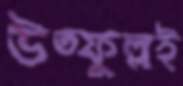
উত্ফুল্লই